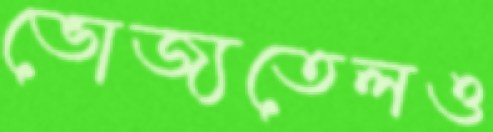
ভোজ্যতেলও